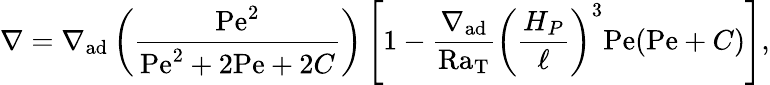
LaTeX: \nabla=\nabla_{\mathrm{ad}}\left({\frac{\mathrm{Pe}^{2}}{\mathrm{Pe}^{2}+2\mathrm{Pe}+2C}}\right)\left[1-{\frac{\nabla_{\mathrm{ad}}}{\mathrm{Ra_{T}}}}\left({\frac{H_{P}}{\ell}}\right)^{3}\mathrm{Pe}(\mathrm{Pe}+C)\right],